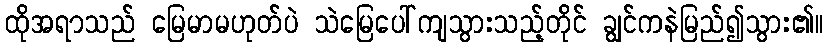
ထိုအရာသည် မြေမာမဟုတ်ပဲ သဲမြေပေါ်ကျသွားသည့်တိုင် ချွင်ကနဲမြည်၍သွား၏။